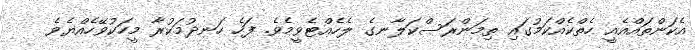
އެކަންތައްއެއީ ހެތްކެއްކަމުގައި ތިމަންރަސްކަލާނގެ ލެހެއްޓެވީމެވެ. ފަހެ ހަނދުމަކުރާ މީހަކުވޭހެއްޔެވެ